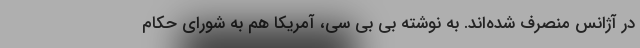
در آژانس منصرف شده‌اند. به نوشته بی بی سی، آمریکا هم به شورای حکام